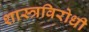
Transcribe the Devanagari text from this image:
शास्त्रविरोधी